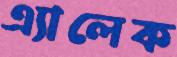
এ্যালেক